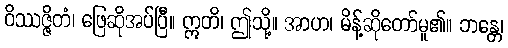
ဝိဿဇ္ဇိတံ၊ ဖြေဆိုအပ်ပြီ။ ဣတိ၊ ဤသို့။ အာဟ၊ မိန့်ဆိုတော်မူ၏။ ဘန္တေ၊